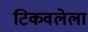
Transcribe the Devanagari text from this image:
टिकवलेला